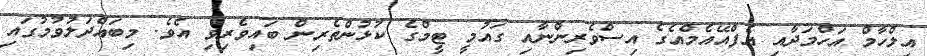
އިލްހާމް އަހްމަދާއި އެފްއޭއެމްއެގެ އިސްވެރިންނާއި ގައުމީ ޓީމްގެ ކުޅުންތެރިން ބައިވެރިވި އެވެ. މިބައްދަލުވުމުގައި